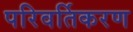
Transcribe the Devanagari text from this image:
परिवर्तिकरण